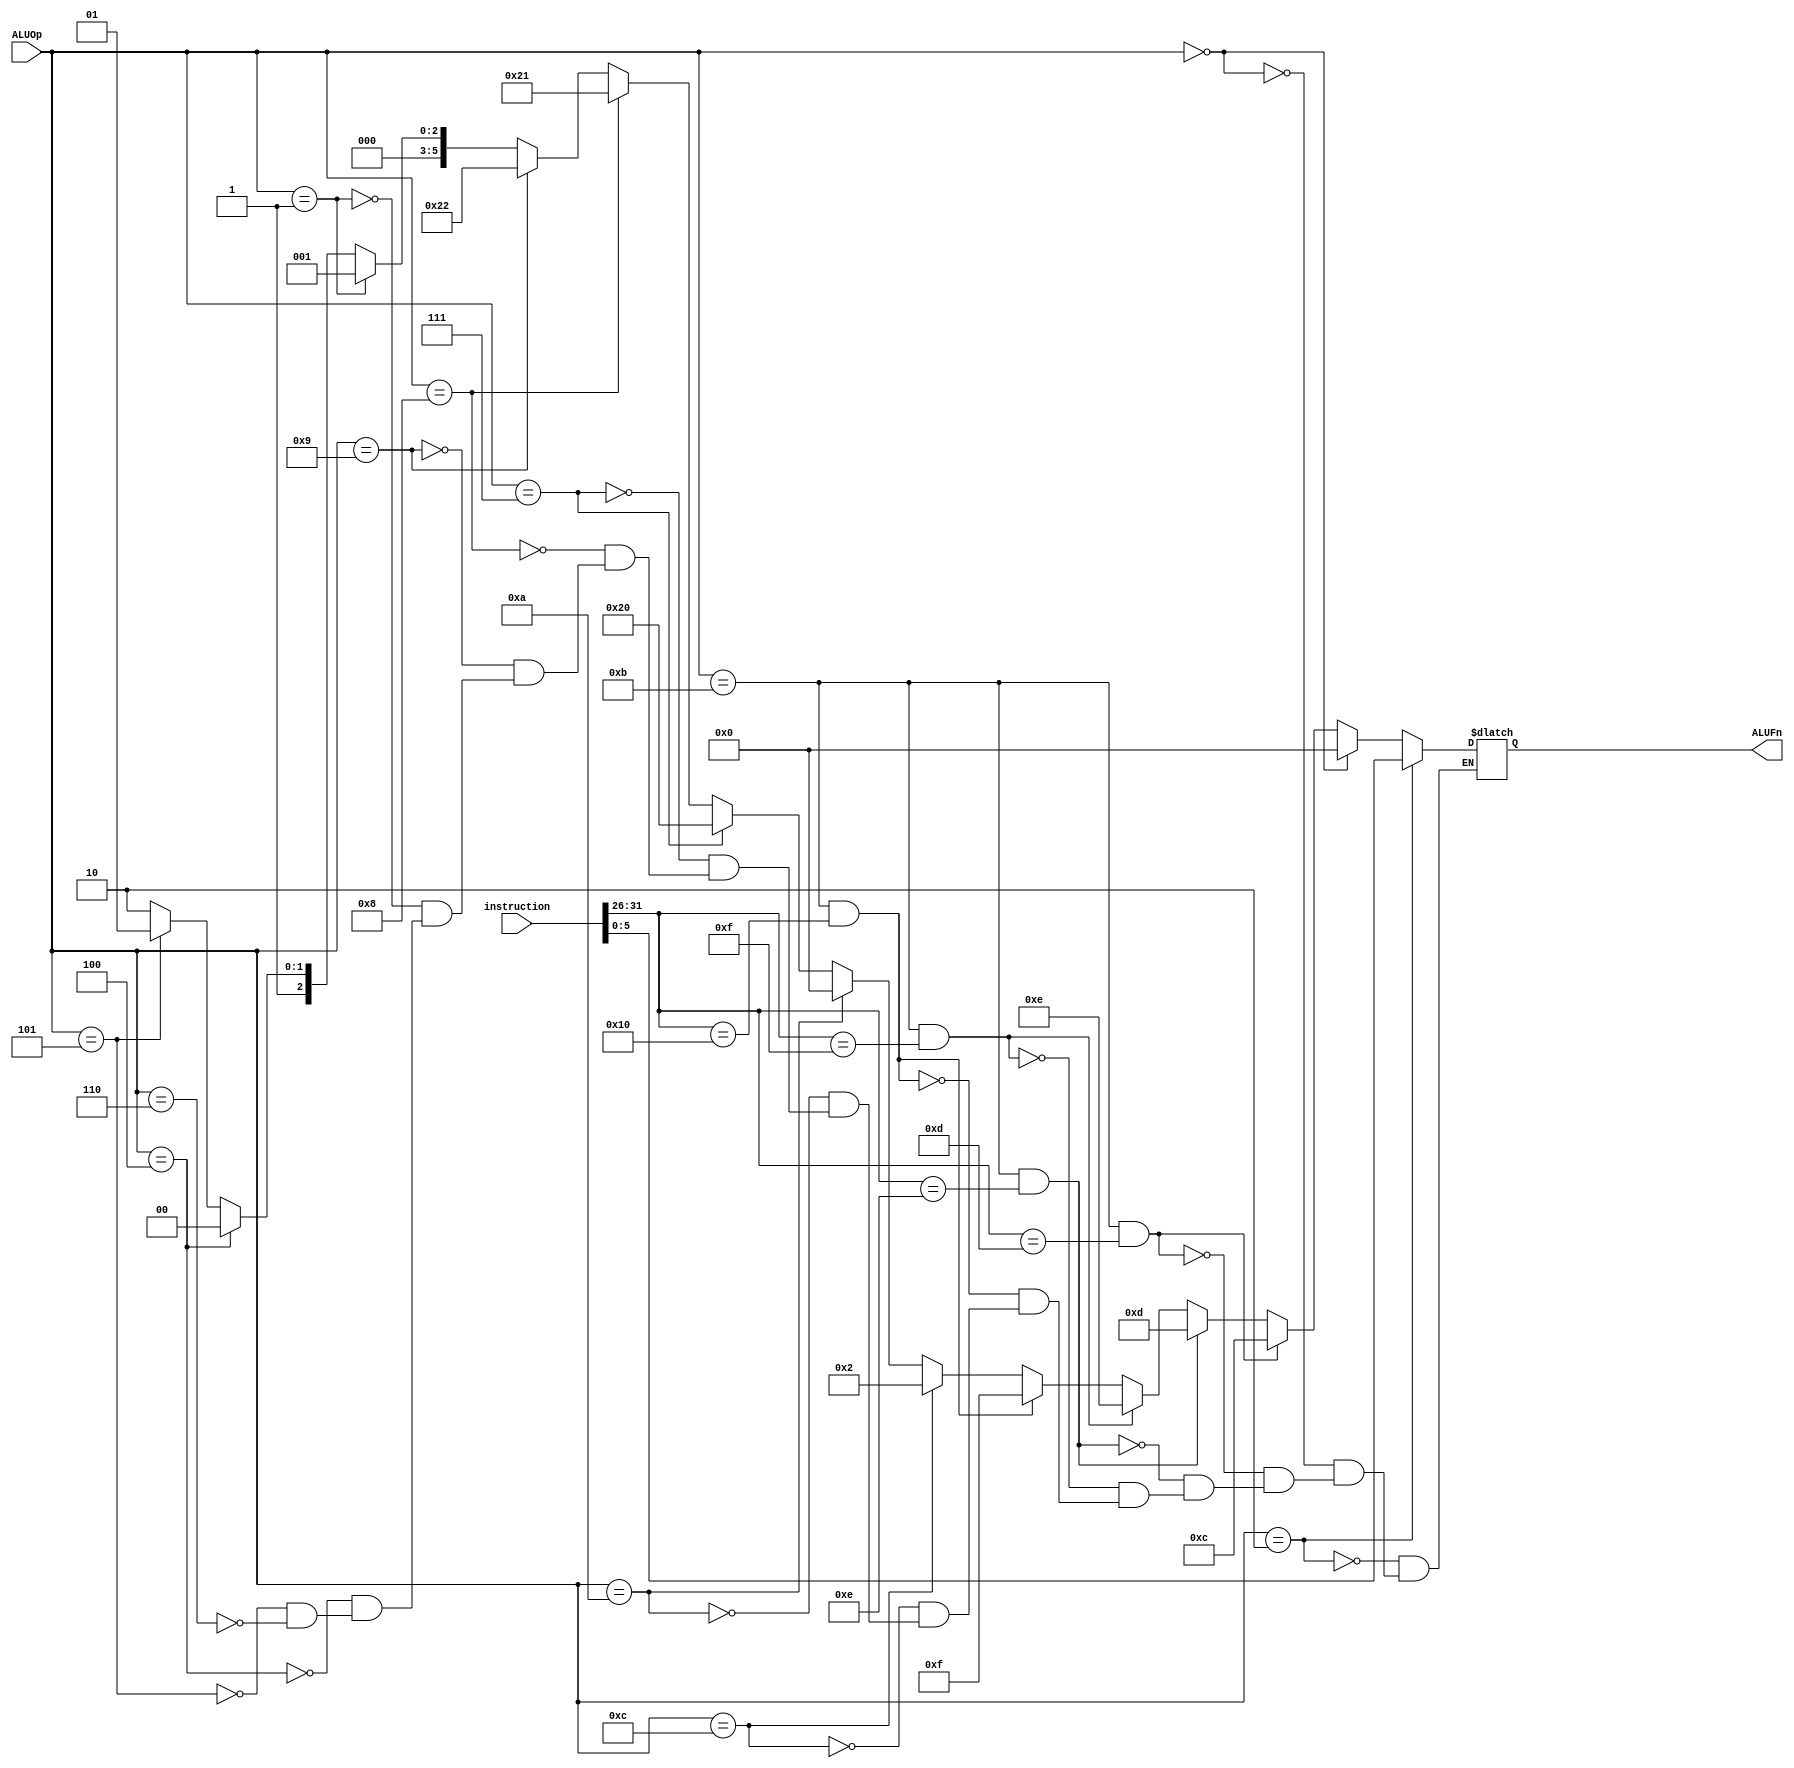
`timescale 1ns / 1ps

module alu_control(
    input      [31:0] instruction,
    input      [3:0]  ALUOp,
    output reg [5:0]  ALUFn
);

wire [5:0] opcde;
assign opcde = instruction[31:26];

always @(instruction or ALUOp)
begin
    if (ALUOp == 4'b0010) begin
        ALUFn <= instruction[5:0];
    end else if (ALUOp == 4'b0000) begin   //ADD
        ALUFn <= 6'b000000;
    end else if (ALUOp == 4'b1011 & opcde == 6'b001101 ) begin    //BRANCh all branches
        ALUFn <= 6'b001100;  // Z = 1
    end else if (ALUOp == 4'b1011 & opcde == 6'b001110 ) begin
        ALUFn <= 6'b001101;  // a>0 ? z= 1
    end else if (ALUOp == 4'b1011 & opcde == 6'b001111 ) begin
        ALUFn <= 6'b001110;
    end else if (ALUOp == 4'b1011 & opcde == 6'b010000 ) begin
        ALUFn <= 6'b001111; // z = 0;
    end else if (ALUOp == 4'b1100) begin    // Move
        ALUFn <= 6'b000010;  // PASS
    end else if (ALUOp == 4'b1010) begin    // LD, SW, LDSP, SWSP
        ALUFn <= 6'b000000;  // add
    end else if (ALUOp == 4'b0111) begin    // SLA
        ALUFn <= 6'b100000;  // shift
    end else if (ALUOp == 4'b1000) begin    // SRA
        ALUFn <= 6'b100001;  // shift
    end else if (ALUOp == 4'b1001) begin    // SRL
        ALUFn <= 6'b100010;  // sfhit
    end 

    
     else if (ALUOp == 4'b0001)begin  //SuB
        ALUFn <= 6'b000001; //Subtract
    end else if (ALUOp == 4'b0100)begin //AND
        ALUFn <= 6'b000100;
    end else if (ALUOp == 4'b0101)begin //OR
        ALUFn <= 6'b000101;
    end else if (ALUOp == 4'b0110)begin  //XOR
        ALUFn <= 6'b000110;
    end 
end

endmodule